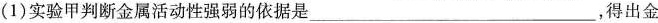
(1)实验甲判断金属活动性强弱的依据是___，得出金